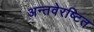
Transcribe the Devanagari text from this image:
अन्तवेरष्टित